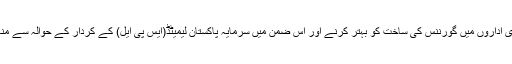
انہوں نے یہ بات جمعرات کو یہاں سرکاری اداروں میں گورننس کی ساخت کو بہتر کرنے اور اس ضمن میں سرمایہ پاکستان لیمیٹڈ(ایس پی ایل) کے کردار کے حوالہ سے منعقدہ اجلاس کی صدارت کرتے ہوئے کہی۔